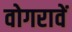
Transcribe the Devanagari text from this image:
वोगरावें